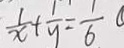
\frac { 1 } { x } + \frac { 1 } { y } = \frac { 1 } { 6 } \textcircled { 1 }